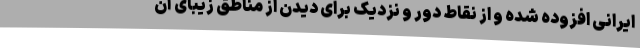
ایرانی افزوده شده و از نقاط دور و نزدیک برای دیدن از مناطق زیبای آن